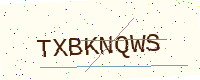
Text: TXBKNQWS